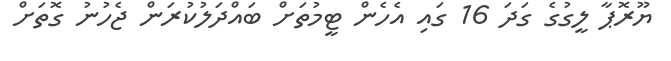
ޔޫރޮޕާ ލީގުގެ ގަދަ 16 ގައި އެހެން ޓީމުތަށް ބައްދަލުކުރަން ޖެހުނު ގޮތަށް